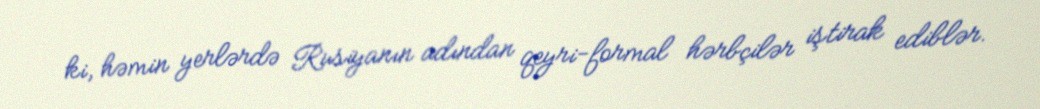
ki, həmin yerlərdə Rusiyanın adından qeyri-formal hərbçilər iştirak ediblər.